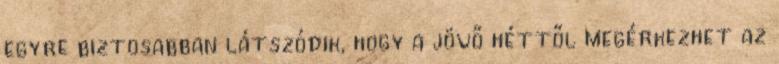
egyre biztosabban látszódik, hogy a jövő héttől megérkezhet az